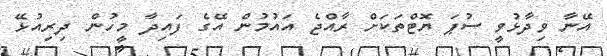
އޭނާ ވިދާޅުވީ ސުޕަ ޔޮޓްތަކަށް ރާއްޖެ އައުމުން އޭގެ ފައިދާ މީހުން ދިރިއުޅޭ